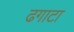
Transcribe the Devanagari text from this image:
ढगाटा